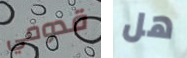
قدومي هل